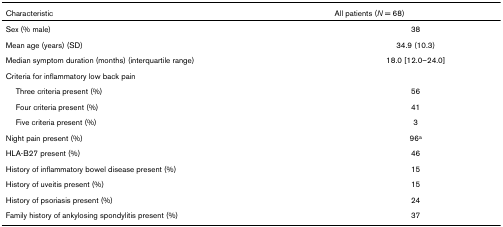
<table><thead><tr><td><b>Characteristic</b></td><td><b>All patients (<i>N </i>= 68)</b></td></tr></thead><tbody><tr><td>Sex (% male)</td><td>38</td></tr><tr><td>Mean age (years) (SD)</td><td>34.9 (10.3)</td></tr><tr><td>Median symptom duration (months) (interquartile range)</td><td>18.0 [12.0–24.0]</td></tr><tr><td>Criteria for inflammatory low back pain</td><td></td></tr><tr><td> Three criteria present (%)</td><td>56</td></tr><tr><td> Four criteria present (%)</td><td>41</td></tr><tr><td> Five criteria present (%)</td><td>3</td></tr><tr><td>Night pain present (%)</td><td>96<sup>a</sup></td></tr><tr><td>HLA-B27 present (%)</td><td>46</td></tr><tr><td>History of inflammatory bowel disease present (%)</td><td>15</td></tr><tr><td>History of uveitis present (%)</td><td>15</td></tr><tr><td>History of psoriasis present (%)</td><td>24</td></tr><tr><td>Family history of ankylosing spondylitis present (%)</td><td>37</td></tr></tbody></table>